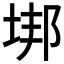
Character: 垹